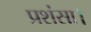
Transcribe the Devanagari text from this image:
प्रशंसा।